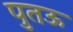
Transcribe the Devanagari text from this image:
पुतऊ